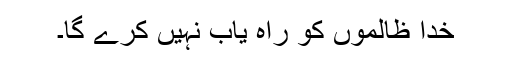
خدا ظالموں کو راہ یاب نہیں کرے گا۔